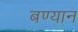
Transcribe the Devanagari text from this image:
बण्यान